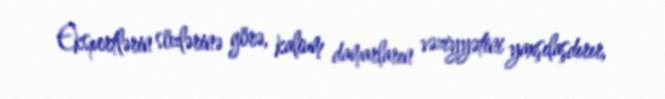
Ekspertlərin sözlərinə görə, kalium damarların vəziyyətini yaxşılaşdırır,